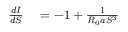
\begin{array} { r l } { \frac { d I } { d S } } & { { } = - 1 + \frac { 1 } { R _ { 0 } a S ^ { 3 } } } \end{array}